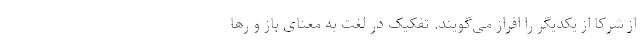
از شرکا از یکدیگر را افراز می‌گویند. تفکیک در لغت به معنای باز و رها